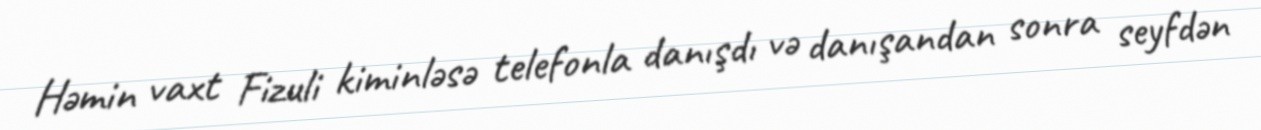
Həmin vaxt Fizuli kiminləsə telefonla danışdı və danışandan sonra seyfdən